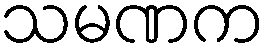
သမဏက